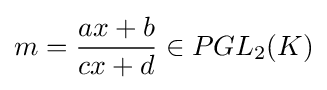
m={\frac {ax+b}{cx+d}}\in PGL_{2}(K)